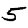
Digit: 5